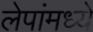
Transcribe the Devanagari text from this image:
लेपांमध्ये